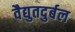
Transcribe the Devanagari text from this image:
वैद्युतदुर्बल